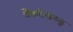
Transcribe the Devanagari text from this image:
वेंकटेश्वरुडु